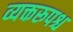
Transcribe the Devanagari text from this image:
व्यक्तरूपश्च